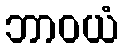
ဘာဝယံ